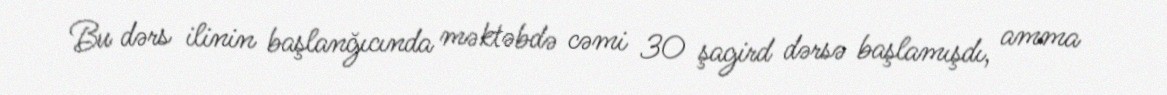
Bu dərs ilinin başlanğıcında məktəbdə cəmi 30 şagird dərsə başlamışdı, amma